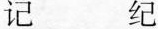
记 纪